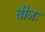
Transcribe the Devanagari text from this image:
बीजः